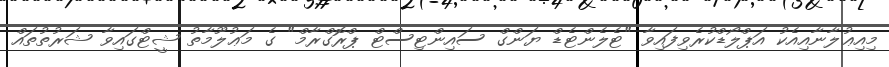
މިއިޢުލާނާއިއެކު އަޕްލޯޑްކުރެވިފައިވާ "ޓެލެންޓެޑް ޔަންގް ސައިންޓިސްޓް ޕްރޮގްރާމް" ގެ މަޢުލޫމާތު ޝީޓްގައިވާ ޝަރުތުތައް